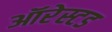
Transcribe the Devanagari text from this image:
ऑरेस्टड